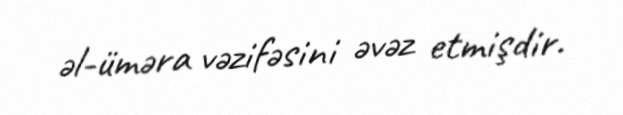
əl-üməra vəzifəsini əvəz etmişdir.